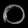
Digit: ၀